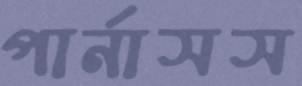
পার্নাসস